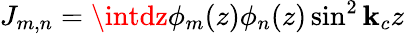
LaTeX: J_{m,n}=\intdz\phi_{m}(z)\phi_{n}(z)\sin^{2}\mathbf{k}_{c}z